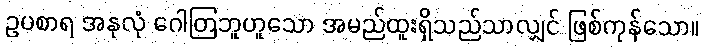
ဥပစာရ အနုလုံ ဂေါတြဘူဟူသော အမည်ထူးရှိသည်သာလျှင် ဖြစ်ကုန်သော။